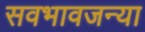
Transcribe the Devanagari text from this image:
सवभावजन्या